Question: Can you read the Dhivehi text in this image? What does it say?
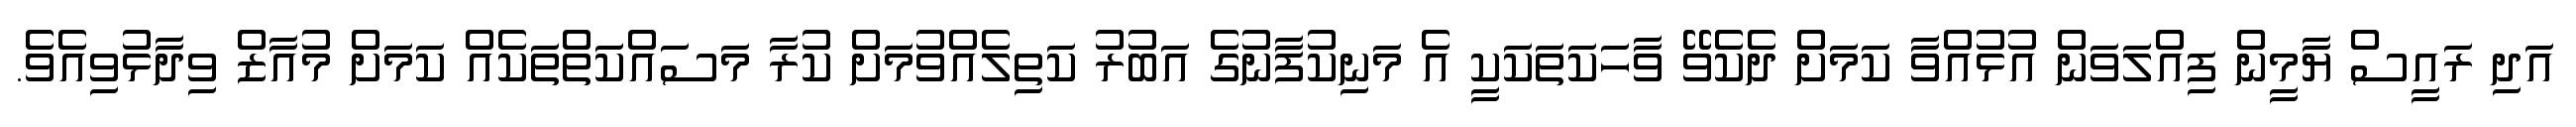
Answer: އަދި ރައީސް ޔާމީން ފިއްލަވަން އުޅުއްވާ ކަމަށް ދެކެވޭ ވާހަކަތަކަކީ އެ މަނިކުފާނުގެ އަބުރު ކަތިލެއްވުމަށް ކުރާ މަސައްކަތްތަކެއް ކަމަށް މުއާޒް ވިދާޅުވިއެވެ.